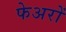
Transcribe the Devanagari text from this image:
फेअरों